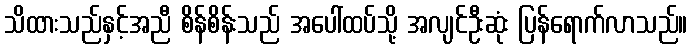
သိထားသည်နှင့်အညီ စိန်စိန်းသည် အပေါ်ထပ်သို့ အလျင်ဦးဆုံး ပြန်ရောက်လာသည်။